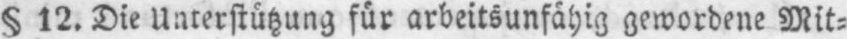
§ 12.Die Unterstützung für arbeitsunfähig geworbene Mit⸗